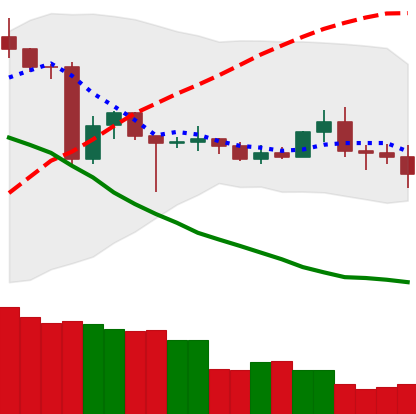
Ticker: TRX-USD
Chart end date: 2020-06-27
Forward return: 7.613%
Label: up_7plus